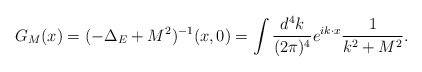
\begin{align*}G_M(x) = (-\Delta_E+M^2)^{-1}(x,0)= \int {d^4k \over (2\pi)^4} e^{ik \cdot x} {1 \over k^2+M^2} .\end{align*}